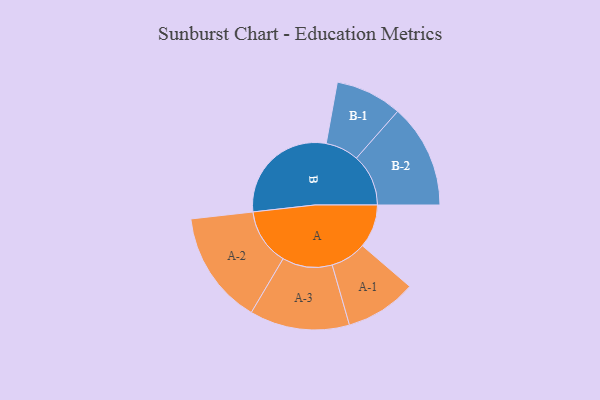
{"axis": {"x": "Segment", "y": "Value"}, "legend": ["", "A", "B"], "data": [{"x": "A", "y": 149, "type": ""}, {"x": "B", "y": 391, "type": ""}, {"x": "A-1", "y": 122, "type": "A"}, {"x": "A-2", "y": 194, "type": "A"}, {"x": "A-3", "y": 171, "type": "A"}, {"x": "B-1", "y": 114, "type": "B"}, {"x": "B-2", "y": 178, "type": "B"}]}